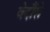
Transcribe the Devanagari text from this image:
वेदौंसे